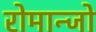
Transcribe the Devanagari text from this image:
रोमान्जो